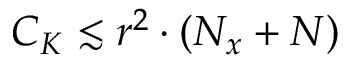
C _ { K } \lesssim r ^ { 2 } \cdot ( N _ { x } + N )